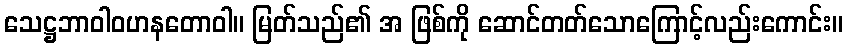
သေဋ္ဌဘာဝါဝဟနတောဝါ။ မြတ်သည်၏ အ ဖြစ်ကို ဆောင်တတ်သောကြောင့်လည်းကောင်း။